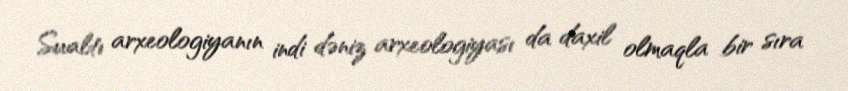
Sualtı arxeologiyanın indi dəniz arxeologiyası da daxil olmaqla bir sıra